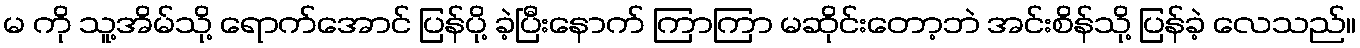
မ ကို သူ့အိမ်သို့ ရောက်အောင် ပြန်ပို့ ခဲ့ပြီးနောက် ကြာကြာ မဆိုင်းတော့ဘဲ အင်းစိန်သို့ ပြန်ခဲ့ လေသည်။